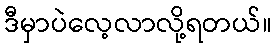
ဒီမှာပဲလေ့လာလို့ရတယ်။